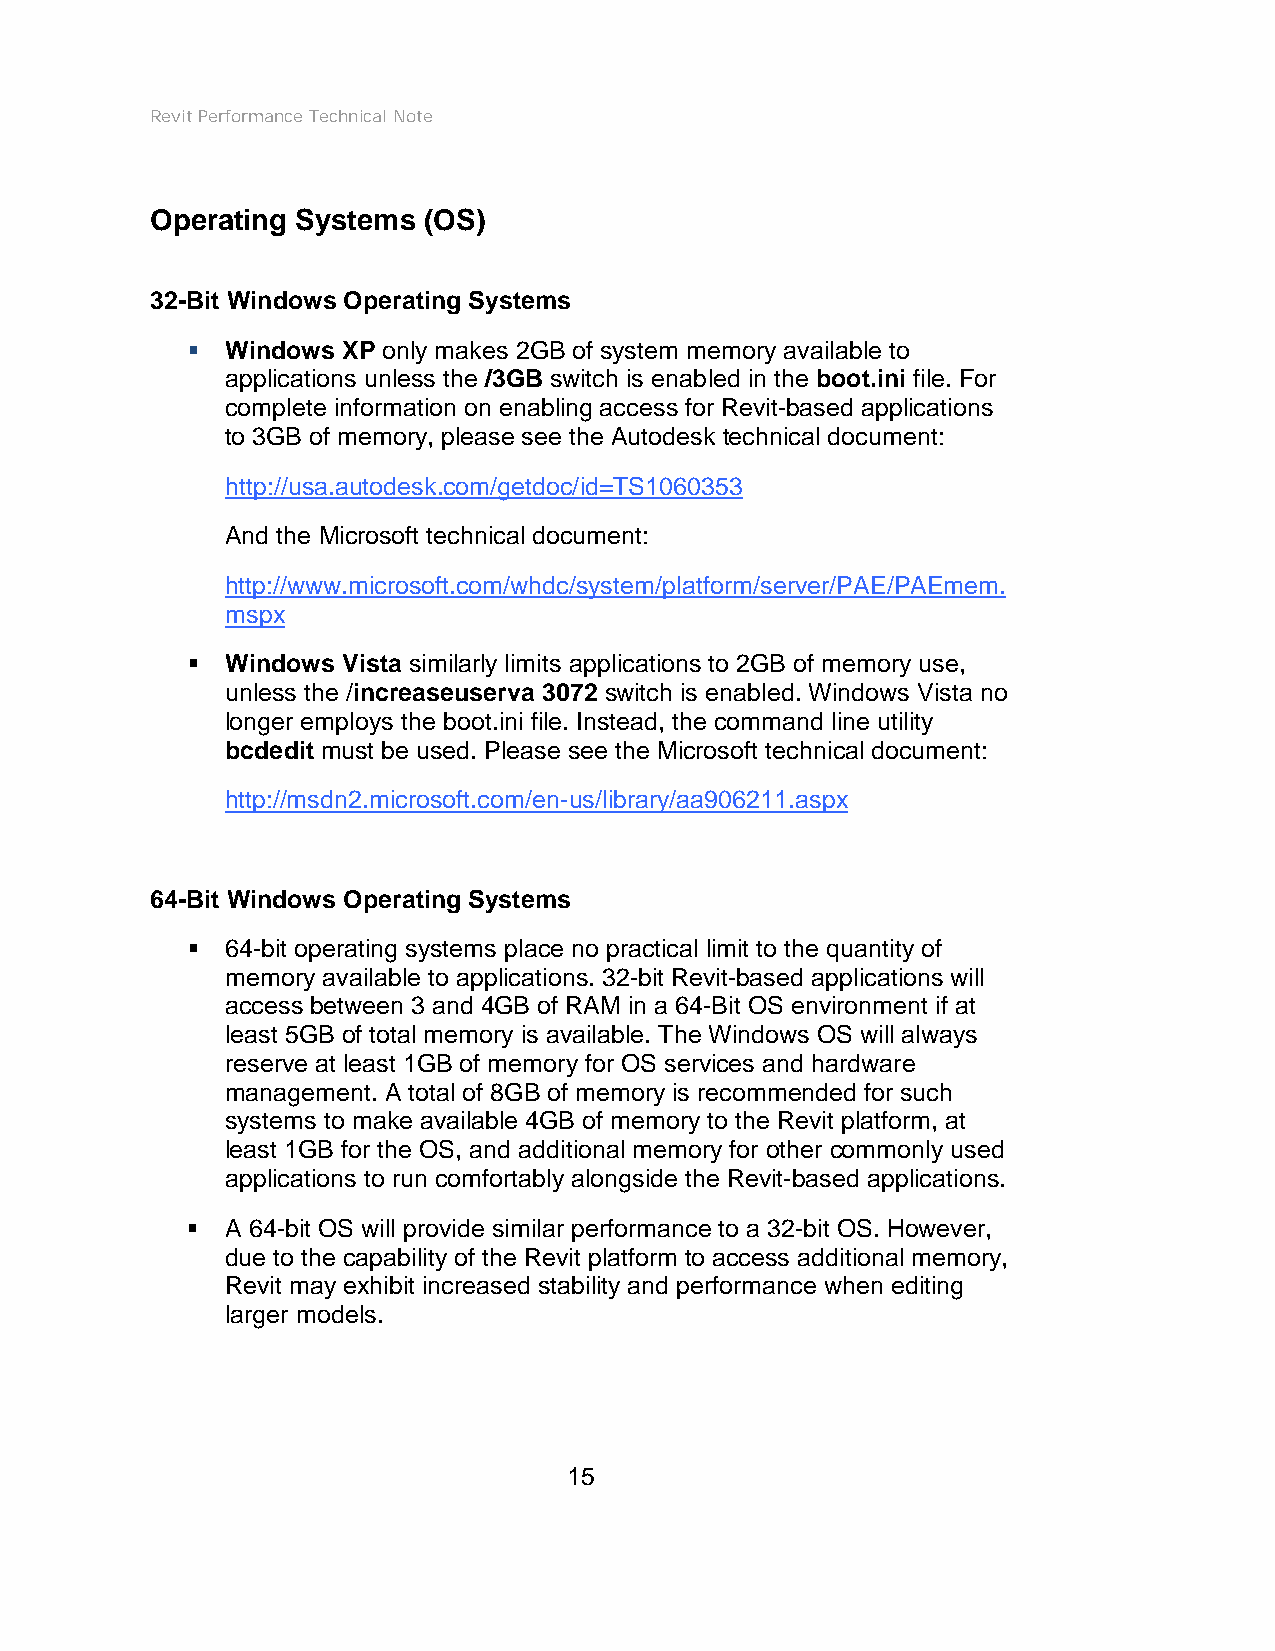
Revit Performance Technical Note
 Operating Systems (OS)
 32-Bit Windows Operating Systems
   Windows XP only makes 2GB of system memory available to
 applications unless the /3GB switch is enabled in the boot.ini file. For
 complete information on enabling access for Revit-based applications
 to 3GB of memory, please see the Autodesk technical document:
 http://usa.autodesk.com/getdoc/id=TS1060353
 And the Microsoft technical document:
 http://www.microsoft.com/whdc/system/platform/server/PAE/PAEmem.
 mspx
   Windows Vista similarly limits applications to 2GB of memory use,
 unless the /increaseuserva 3072 switch is enabled. Windows Vista no
 longer employs the boot.ini file. Instead, the command line utility
 bcdedit must be used. Please see the Microsoft technical document:
 http://msdn2.microsoft.com/en-us/library/aa906211.aspx
 64-Bit Windows Operating Systems
   64-bit operating systems place no practical limit to the quantity of
 memory available to applications. 32-bit Revit-based applications will
 access between 3 and 4GB of RAM in a 64-Bit OS environment if at
 least 5GB of total memory is available. The Windows OS will always
 reserve at least 1GB of memory for OS services and hardware
 management. A total of 8GB of memory is recommended for such
 systems to make available 4GB of memory to the Revit platform, at
 least 1GB for the OS, and additional memory for other commonly used
 applications to run comfortably alongside the Revit-based applications.
   A 64-bit OS will provide similar performance to a 32-bit OS. However,
 due to the capability of the Revit platform to access additional memory,
 Revit may exhibit increased stability and performance when editing
 larger models.
 15